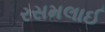
રસમલાઈ